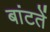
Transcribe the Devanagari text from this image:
बांटतें